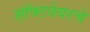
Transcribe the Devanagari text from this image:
स़ॉफ्टवेयरचे